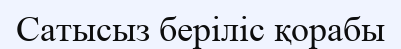
Сатысыз беріліс қорабы